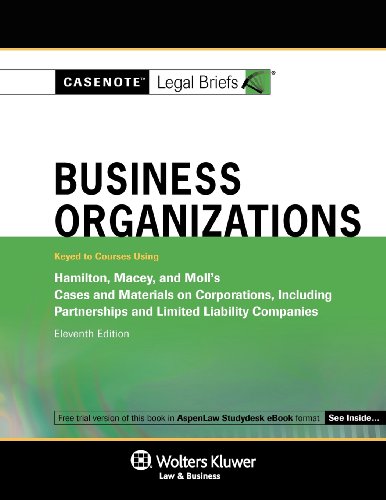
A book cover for Casenote Legal Briefs: Business Organizations, Keyed to Hamilton Macey & Moll 11E; Casenotes; Law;